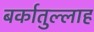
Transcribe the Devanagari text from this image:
बर्कातुल्लाह